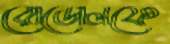
রোডোলফে